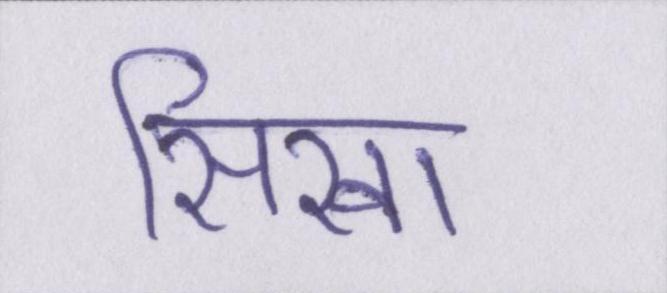
सिखा